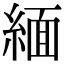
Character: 緬